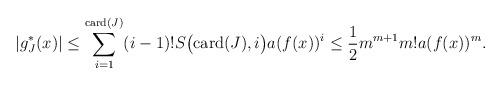
LaTeX: \begin{align*}|g_J^*(x)| \leq \sum_{i=1}^{\mathrm{card}(J)} (i-1)!S\bigl(\mathrm{card}(J),i\bigr)a(f(x))^i \leq \frac{1}{2}m^{m+1}m!a(f(x))^m.\end{align*}